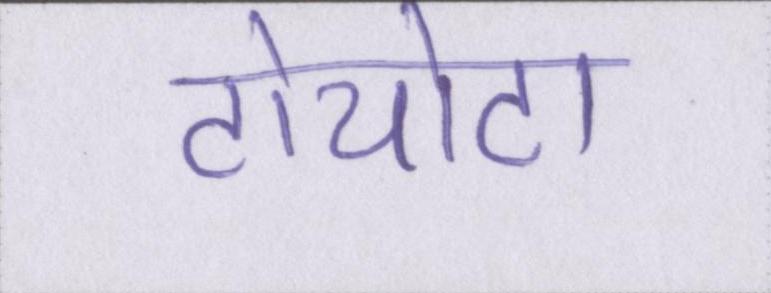
टोयोटा